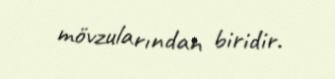
mövzularından biridir.